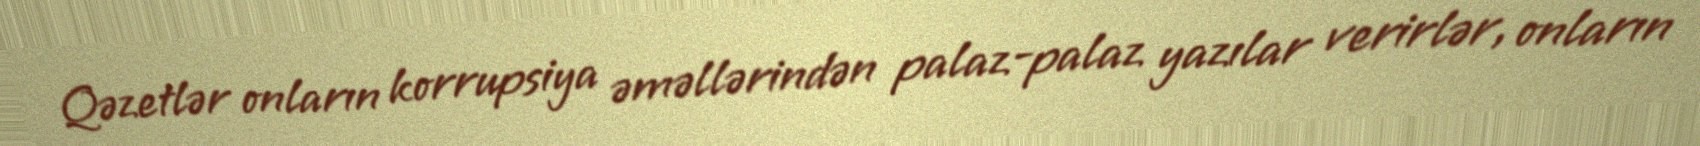
Qəzetlər onların korrupsiya əməllərindən palaz-palaz yazılar verirlər, onların